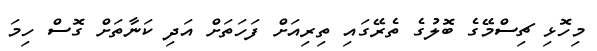
މިހޮޅި ޗިސްމޭގެ ބޮލުގެ ތެރޭގައި ތިރިއަށް ފަހަތަށް އަދި ކަނާތަށް ގޮސް ހިމަ